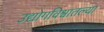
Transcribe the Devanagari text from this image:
उद्योगविश्वातल्या